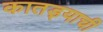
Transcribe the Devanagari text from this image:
कातड्याची